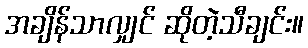
အချိန်သာလျှင် ဆိုတဲ့သီချင်း။